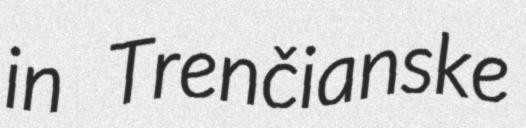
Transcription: in Trenčianske